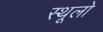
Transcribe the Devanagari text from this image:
स्थूलो